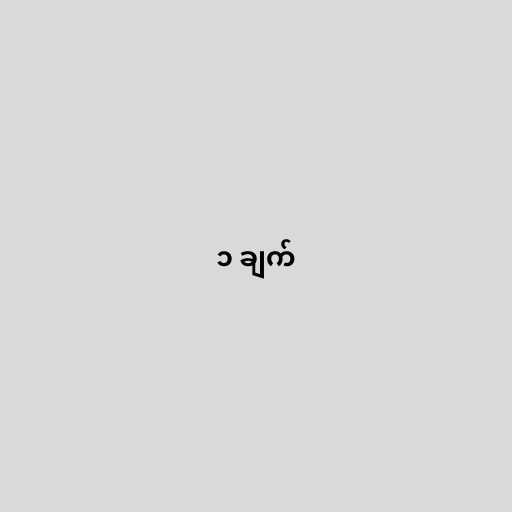
၁ ချက်